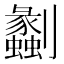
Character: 劙